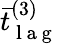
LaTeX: \bar{t}_{\mathrm{~l~a~g~}}^{(3)}